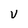
Character: V